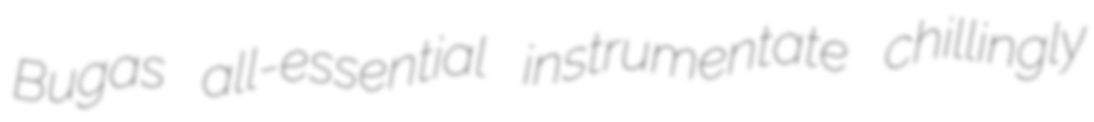
Bugas all-essential instrumentate chillingly